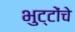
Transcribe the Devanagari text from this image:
भुट्टोंचे